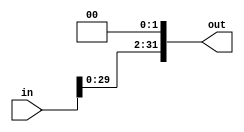
`timescale 1ns / 1ps
//////////////////////////////////////////////////////////////////////////////////
// Company: 
// Engineer: 
// 
// Design Name: 
// Module Name:    ShiftLeft2 
// Project Name: 
// Target Devices: 
// Tool versions: 
// Description: 
//
// Dependencies: 
//
// Revision: 
// Revision 0.01 - File Created
// Additional Comments: 
//
//////////////////////////////////////////////////////////////////////////////////
module ShiftLeft2(in, out);
	 
	 input [31:0] in;
	 output reg [31:0] out;

	always@(in)begin
		out <= in << 2;		
	end

endmodule